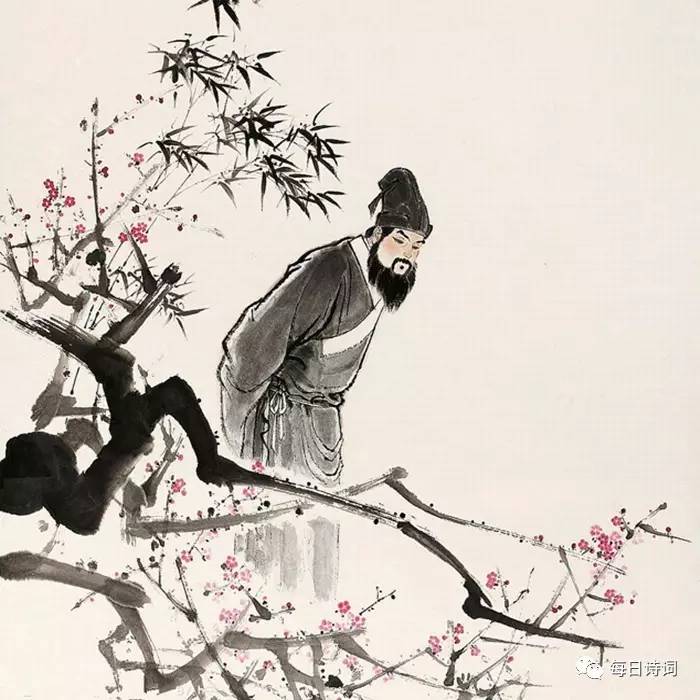
自春来惨绿愁红，芳心是事可可。